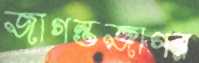
জাগন্তজাগর